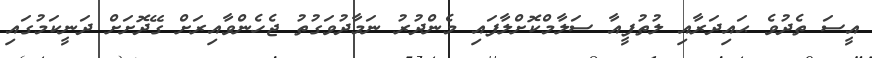
އީސަ ތެދުވެ ޙައިދަރާއި ލުތުފީއާ ސަލާމްކޮށްލާފައި މެންދުރު ނަމާދުވަގުތު ޖެހެންވާއިރަށް ގޭދޮށަށް ދަނީކަމުގައި